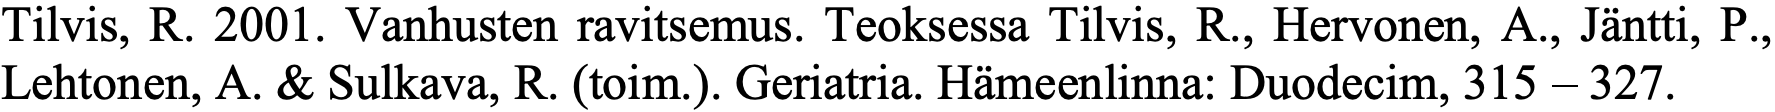
Tilvis, R. 2001. Vanhusten ravitsemus. Teoksessa Tilvis, R., Hervonen, A., Jäntti, P., Lehtonen, A. & Sulkava, R. (toim.). Geriatria. Hämeenlinna: Duodecim, 315 – 327.